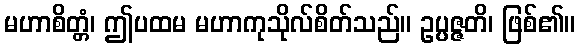
မဟာစိတ္တံ၊ ဤပထမ မဟာကုသိုလ်စိတ်သည်။ ဥပ္ပဇ္ဇတိ၊ ဖြစ်၏။